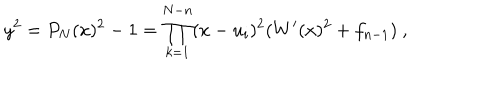
LaTeX: y ^ { 2 } = P _ { N } ( x ) ^ { 2 } - 1 = \prod _ { k = 1 } ^ { N - n } ( x - u _ { i } ) ^ { 2 } ( W ^ { \prime } ( x ) ^ { 2 } + f _ { n - 1 } ) \ ,